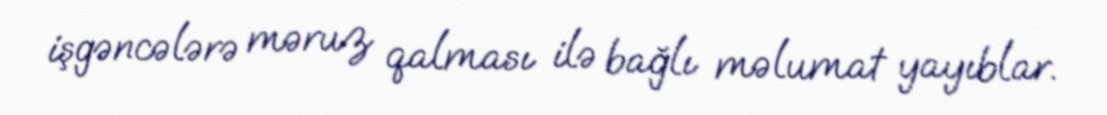
işgəncələrə məruz qalması ilə bağlı məlumat yayıblar.